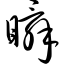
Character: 瞬